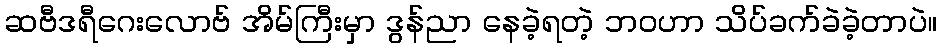
ဆဗီဒရီဂေးလောဗ် အိမ်ကြီးမှာ ဒွန်ညာ နေခဲ့ရတဲ့ ဘဝဟာ သိပ်ခက်ခဲခဲ့တာပဲ။